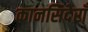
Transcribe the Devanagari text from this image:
कानसिदेराँ